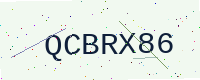
Text: QCBRX86